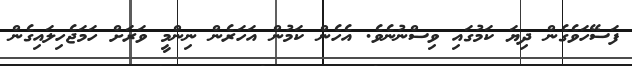
ފަސޭހަވެގެން ދިޔަ ކަމުގައި ވިސްނުނެވެ. އެހެން ކަމުން އަހަރެން ނިންމީ ވަރަށް ހަމަޖެހިލައިގެން